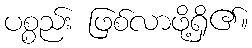
ပစ္စည်း ဖြစ်လာဖို့ရှိ၏။